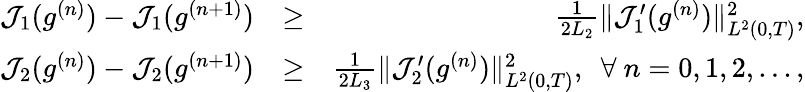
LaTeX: \begin{array}{rlr}{\mathcal{J}_{1}(g^{(n)})-\mathcal{J}_{1}(g^{(n+1)})}&{\geq}&{\frac{1}{2L_{2}}\Vert\mathcal{J}_{1}^{\prime}(g^{(n)})\Vert_{L^{2}(0,T)}^{2},}\\ {\mathcal{J}_{2}(g^{(n)})-\mathcal J_{2}(g^{(n+1)})}&{\geq}&{\frac{1}{2L_{3}}\Vert\mathcal{J}_{2}^{\prime}(g^{(n)})\Vert_{L^{2}(0,T)}^{2},\ \ \forall\ n=0,1,2,...,}\end{array}